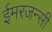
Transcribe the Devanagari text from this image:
ईमरजन्सी